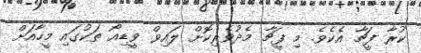
ކުރާ ފީޗާ އެކެވެ. މި ފީޗާ މެދުވެެރިކޮށް ލައިވް ވީޑިއޯ ތަކުގައި މީހާއަށް